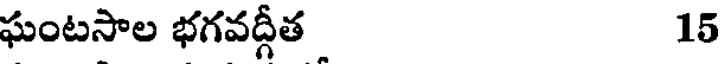
ఘంటసాల భగవద్గీత 15